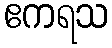
ဧကရသ